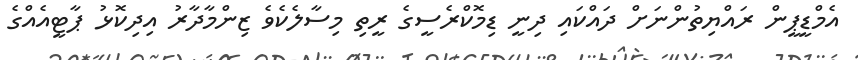
އެމްޑީޕީން ރައްޔިތުންނަށް ދައްކައި ދިނީ ޑިމޮކްރެސީގެ ރީތި މިސާލެކެވެ ޒިންމާދާރު އިދިކޮޅު ޕާޓީއެއްގެ